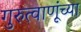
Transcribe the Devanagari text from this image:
गुरुत्वाणूंच्या